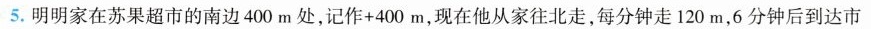
5.明明家在苏果超市的南边400m处，记作+400m，现在他从家往北走，每分钟走120m，6分钟后到达市